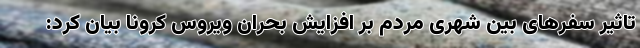
تاثیر سفرهای بین شهری مردم بر افزایش بحران ویروس کرونا بیان کرد: